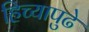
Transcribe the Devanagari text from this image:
हिच्यापुढे